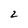
Character: 2